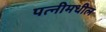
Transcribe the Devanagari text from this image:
पत्नीमधील